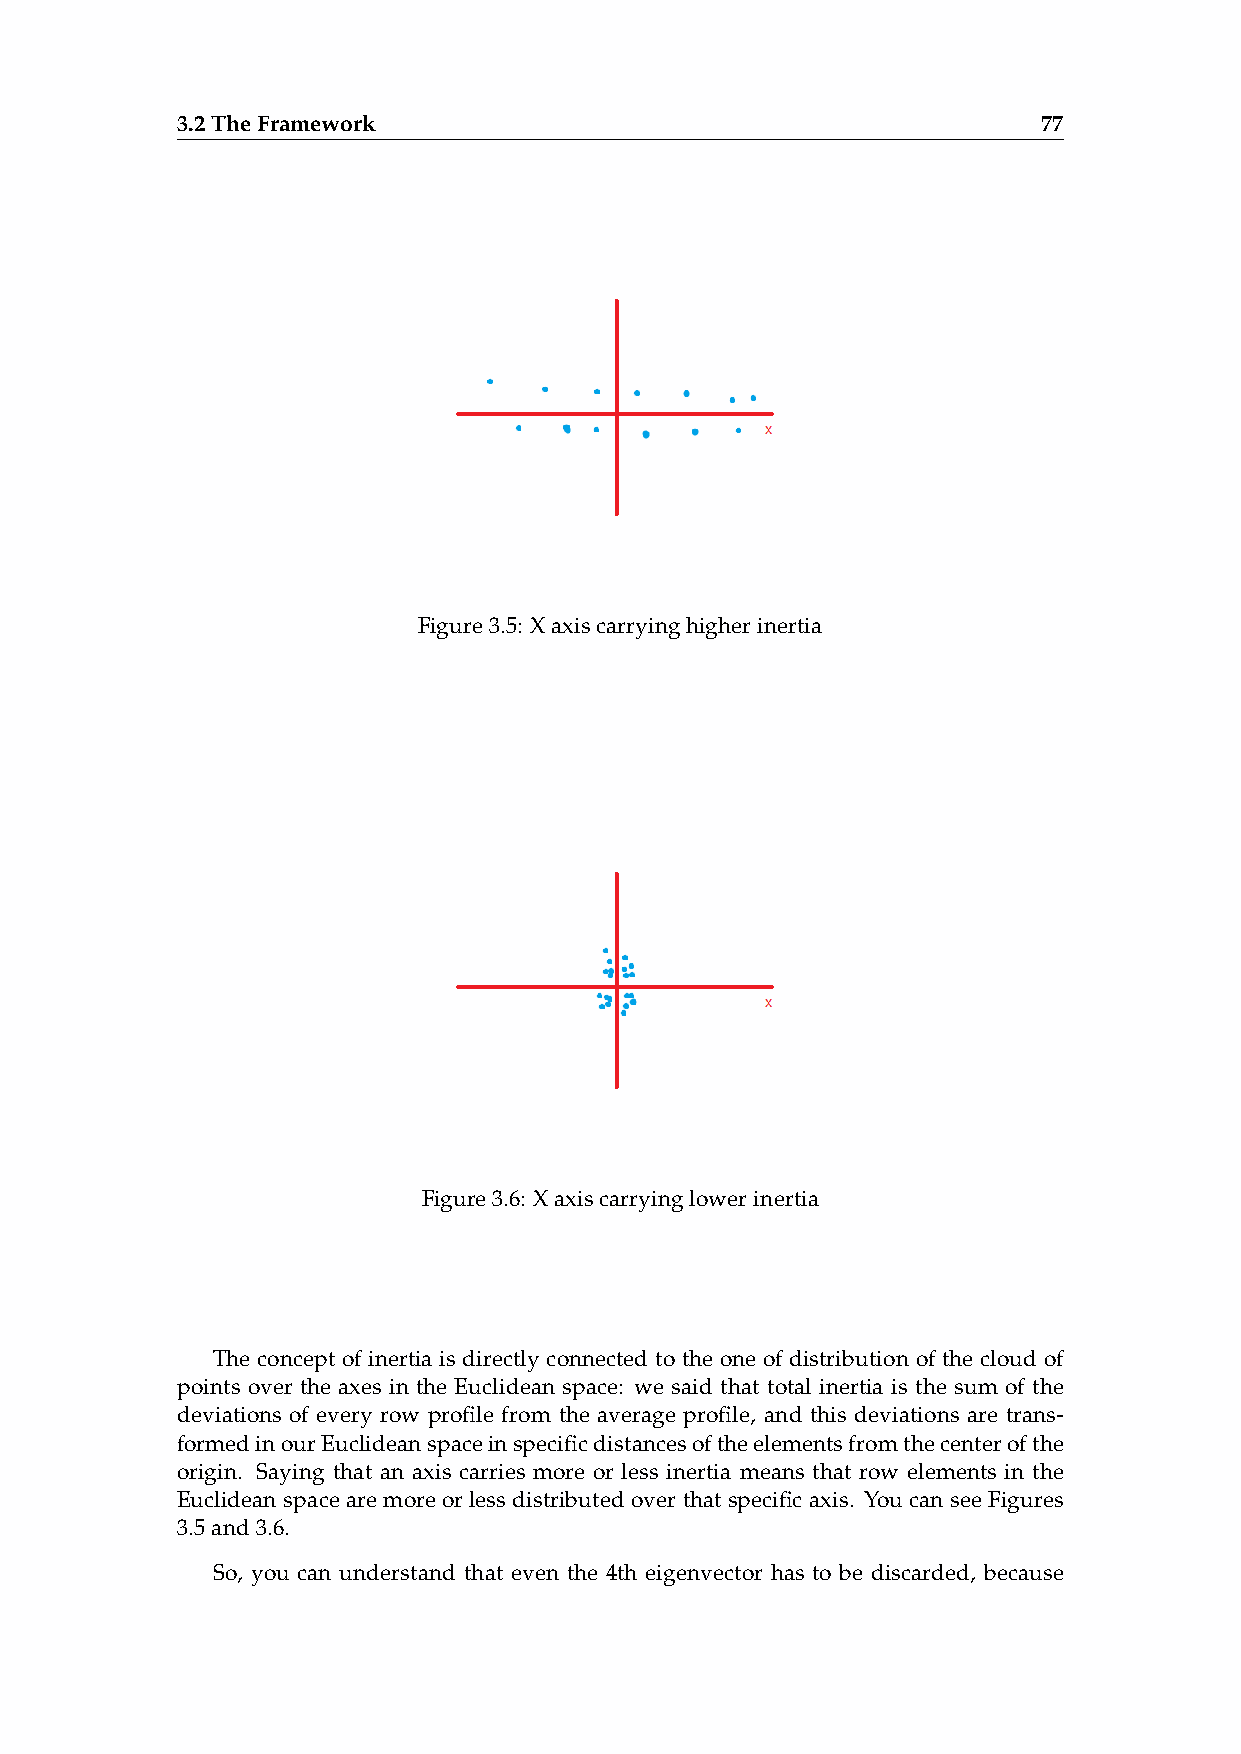
3.2TheFramework                                          77
 Figure3.5: Xaxiscarryinghigherinertia
 Figure3.6: Xaxiscarryinglowerinertia
 The concept of inertia is directly connected to the one of distribution of the cloud of
 points over the axes in the Euclidean space: we said that total inertia is the sum of the
 deviations of every row profile from the average profile, and this deviations are trans-
 formedinourEuclideanspaceinspecificdistancesoftheelementsfromthecenterofthe
 origin. Saying that an axis carries more or less inertia means that row elements in the
 Euclidean space are more or less distributed over that specific axis. You can see Figures
 3.5and3.6.
 So, you can understand that even the 4th eigenvector has to be discarded, because